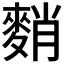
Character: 𪌯